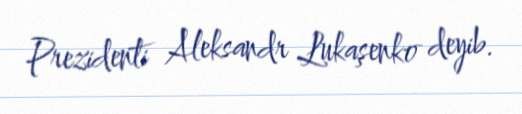
Prezidenti Aleksandr Lukaşenko deyib.